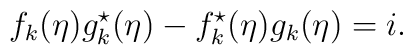
f_{k}(\eta) g^{\star}_{k}(\eta) - f^{\star}_{k}(\eta) g_{k}(\eta) = i.